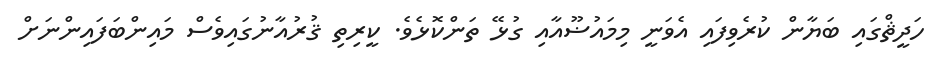
ހަދީޘްގައި ބަޔާން ކުރެވިފައި އެވަނީ މިމައުޟޫއާއި ގުޅޭ ތަންކޮޅެވެ. ކީރިތި ޤުރުއާނުގައިވެސް މައިންބަފައިންނަށް